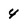
Character: 4